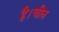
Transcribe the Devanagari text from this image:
है।चीन